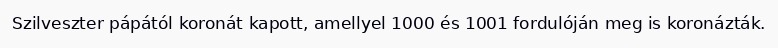
Szilveszter pápától koronát kapott, amellyel 1000 és 1001 fordulóján meg is koronázták.